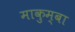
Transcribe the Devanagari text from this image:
माकुम्बा